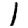
Digit: 1